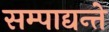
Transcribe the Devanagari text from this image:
सम्पाद्यन्ते